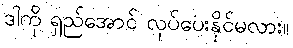
ဒါကို ရှည်အောင် လုပ်ပေးနိုင်မလား။